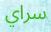
سراي